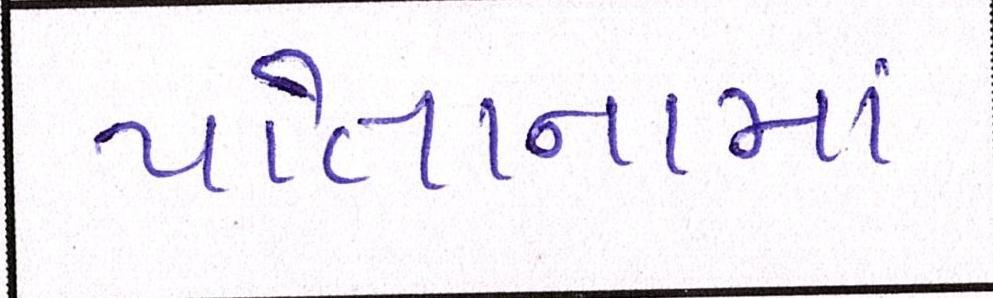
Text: પોતાનામાં